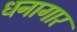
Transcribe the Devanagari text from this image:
धनागार